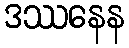
ဒဿနေန